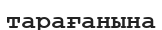
тарағанына